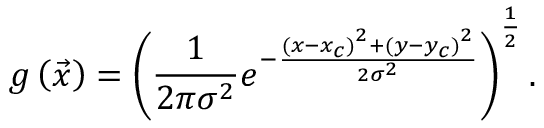
g \left( \vec { x } \right) = \left( \frac { 1 } { 2 \pi \sigma ^ { 2 } } e ^ { - \frac { \left( x - x _ { c } \right) ^ { 2 } + \left( y - y _ { c } \right) ^ { 2 } } { 2 \sigma ^ { 2 } } } \right) ^ { \frac { 1 } { 2 } } .